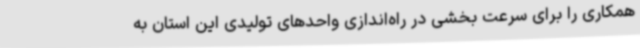
همکاری را برای سرعت بخشی در راه‌اندازی واحدهای تولیدی این استان به